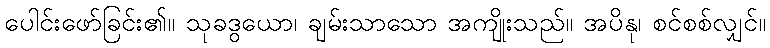
ပေါင်းဖော်ခြင်း၏။ သုခဒွယော၊ ချမ်းသာသော အကျိုးသည်။ အပိနု၊ စင်စစ်လျှင်။